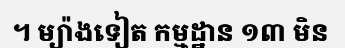
។ ម្យ៉ាងទៀត កម្មដ្ឋាន ១៣ មិន